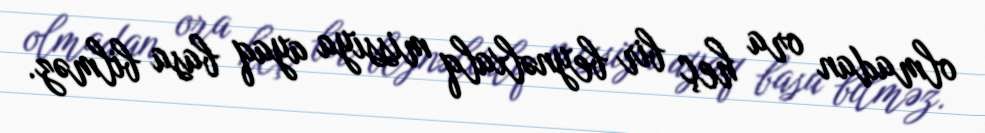
olmadan ora heç bir beynəlxalq missiya ayaq basa bilməz.